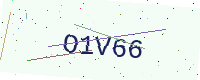
Text: O1V66